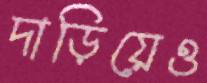
দাড়িয়েও